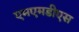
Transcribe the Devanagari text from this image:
एमएमडीएस